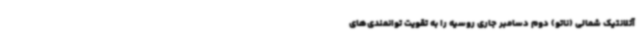
آتلانتیک شمالی (ناتو) دوم دسامبر جاری روسیه را به تقویت توانمندی‌های